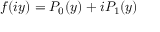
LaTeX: f ( i y ) = P _ { 0 } ( y ) + i P _ { 1 } ( y )